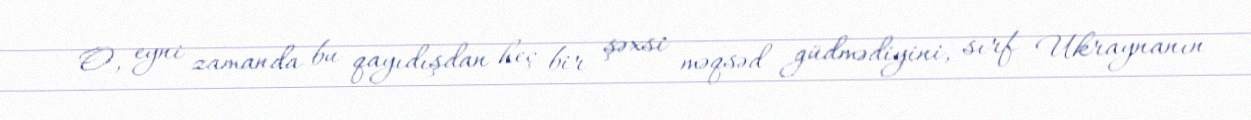
O, eyni zamanda bu qayıdışdan heç bir şəxsi məqsəd güdmədiyini, sırf Ukraynanın